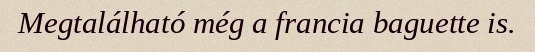
Megtalálható még a francia baguette is.